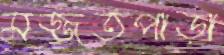
মজ্জতপাড়া